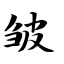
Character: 皱